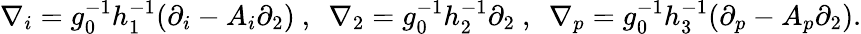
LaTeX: \nabla_{i}=g_{0}^{-1}h_{1}^{-1}(\partial_{i}-A_{i}\partial_{2})~,~~\nabla_{2}=g_{0}^{-1}h_{2}^{-1}\partial_{2}~,~~\nabla_{p}=g_{0}^{-1}h_{3}^{-1}(\partial_{p}-A_{p}\partial_{2}).